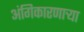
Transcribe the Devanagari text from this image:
अंगिकारणाऱ्या